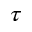
\tau